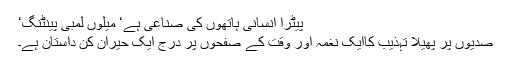
پیٹرا انسانی ہاتھوں کی صناعی ہے‘ میلوں لمبی پینٹنگ‘
صدیوں پر پھیلا تہذیب کاایک نغمہ اور وقت کے صفحوں پر درج ایک حیران کن داستان ہے۔